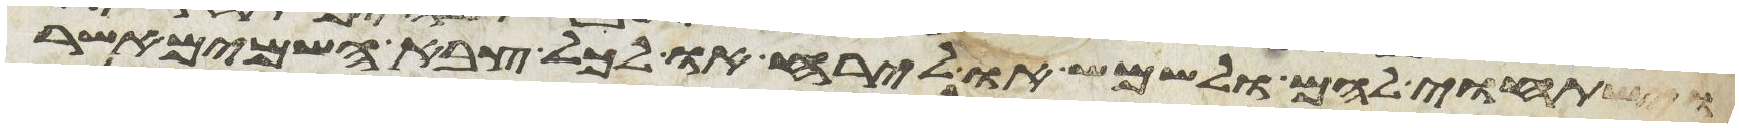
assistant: וישתחוי להם ולשמש או לירח או לכל צבא השמים אשר